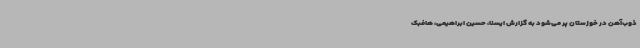
ذوب‌آهن در خوزستان پر می‌شود به گزارش ایسنا، حسین ابراهیمی، هافبک